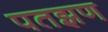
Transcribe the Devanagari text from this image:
पतझण